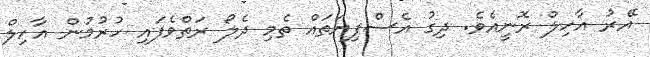
އޭރު އާހިލް ރޮނީއެވެ. ދިގު އެސްފިޔަތައް ތެމި ދެލޯ ރަތްވެފައި ހުރުމުން އާހިލް